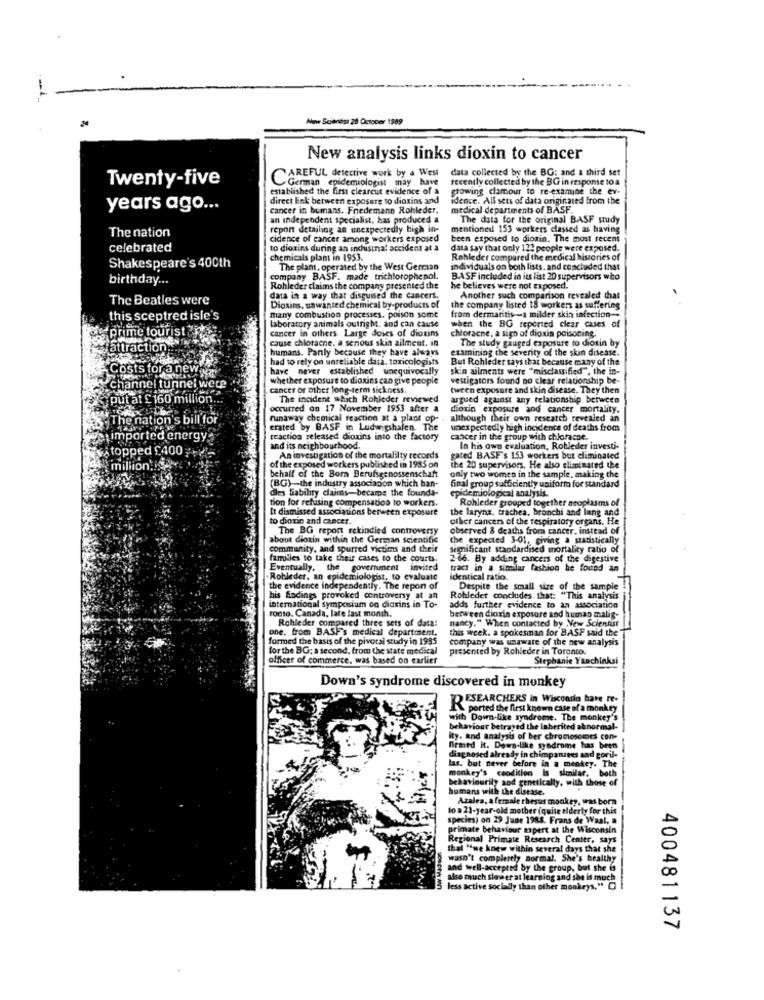
New Scientist 28 October 1589
New analysis links dioxin to cancer
data collected by the BG: and a third set
Twenty-five
CAREFUL detective work by a West
German epidemiologist may have
recently collected by the BG in response toa
established the first clearcut evidence of a
growing clamour to re-examine the ev-
direct link between exposure to dioxins and
idence. All sets of data originated from the
years ago ...
cancer in humans. Friedemann Rohleder.
medical departments of BASF.
an independent specialist, has produced a
The data for the original BASF study
repon detailing an unexpectedly high in-
mentioned 153 workers classed as having
The nation
cidence of cancer among workers exposed
been exposed to dioxin. The most recent
celebrated
to dioxins during an indusinal accident at a
data say that only 123 people were exposed.
chemicals plant in 1953.
Rohleder compared the medical histories of
Shakespeare's 400th
The plant. operated by the West German
individuals on both lists. and concluded that
birthday ...
company BASF. made trichlorophenol.
BASF included in ies list 20 supervisors who
Rohleder claims the company presented the
he believes were not exposed.
The Beatles were
data in a way that disguised the cancers.
Another such comparison revealed that
Dioxins, unwanted chemical by-products of
the company listed 18 workers as suffering
this sceptred isle's
laboratory animals outright. and can cause
many combustion processes, poison some
from dermatitis -a milder skin infection --
prime tourist
cancer in others. Large doses of dioxins
choracne, a sign of dioxin poisoning.
when the BG reported clear cases of
cause chloracne. a serious skin ailment. in
The study gauged exposure to dioxin by
attraction.
humans. Partly because they have always
examining the severity of the skin disease.
had to rely on unreliable data, toxicologists
But Rohleder says that because many of the
Costs for a new
have never established unequivocally
skin ailments were "misclassified"", the in-
whether exposure to dioxins can give people
vestigators found no clear relationship be-
channel tunnel were
cancer or other long-term sickness.
tween exposure and skin disease. They then
put at £ 160 million ..
The incident which Rohleder reviewed
argued against any relationship between
occurred on 17 November 1953 after a
dioxin exposure and cancer mortality.
tion's bill for
runaway chemical reaction at a platt op-
although their own rescatch revealed an
erated by BASF in Ludwigshafen. The
unexpectedly high incidence of deaths from
ed energy
reaction released dioxins into the factory
cancer in the group with chloracne.
d £400
and its neighbourhood.
In his own evaluation, Robleder investi-
An investigation of the mortalilty records
gated BASF's 153 workers but eliminated
of the exposed workers published in 1985 on
behalf of the Born Berufsgenossenschaft
the 20 supervisors. He also eliminared the
(BG)-the industry association which ban-
only two women in the sample, making the
dles liability claims-became the founda-
final group sufficiently uniform for standard
epidemiological analysis.
tion for refusing compensation to workers.
Rohleder grouped together neoplasms of
It dismissed associations berween exposure
the laryna, trachea, bronchi and lung and
to dioxin and cancer.
other cancers of the respiratory organs. He
The BG report rekindied controversy
observed & deaths from cancer, instead of
about dioxin within the German scientific
the expected 3-01, giving a statistically
community, and spurred victims and their
significant standardised mortality ratio of
families to take their cases to the courts.
2-66. By adding cancers of the digestive
Eventually, the government invited
tract in a similar fashion be found an
Robleder, an epidemiologist, to evaluate
identical ratio.
the evidence independently. The repon of
Despite the small size of the sample
his fadings provoked controversy at an
Rohleder concludes that: "This analysis
ronto, Canada, late last month.
international symposium on dioxins in To-
adds further evidence to an association
Rohleder compared three sets of data!
nancy." When contacted by New Scientist
berween dioxin exposure and human malig-
one. from BASF's medical department.
this week. a spokesman for BASF said the
formed the basis of the pivotal study in 1995
company was unaware of the new analysis
for the BG; a second, from the state medical
presented by Rohleder in Toronto.
officer of commerce, was based on earlier
Stephanie Yanchinksi
Down's syndrome discovered in monkey
RESEARCHERS in Wiscondo have re-
ported the first known case of a monkey
with Down-Like syndrome. The monkey's
behaviour betrayed the Inherited abnormal-
ity. and analysis of ber chromosomes con-
Drmed it. Down-like syndrome has been
diagnosed already in chimpanzees and goril-
las. but never before in a meokey. The
monkey's ceodition is similar, both
behaviourily aod genetically, with those of
humans with the ditase.
Azalea, a female rhesus monkey, was born
lo a 21-year-old mother (quite elderly for this
species) on 29 Jane 1983. Frans de Waal, a
primate behaviour mapert at the Wisconsin
Regional Primate Research Center, says
that "we knew within several days that she
wasn't completely normal. She's healthy
and well-accepted by the group, but she is
aiso much slower at learning and she is much
less active socially than other monkeys." O
400481137